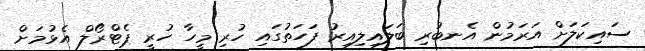
ސައިކަލަށް އަރަމުން އެނބުރި ބަލައިލިއިރު ފަހަތުގައި ހުރި މީހާ ހުރީ ޕެޓްރޯލް އެޅުމަށް